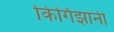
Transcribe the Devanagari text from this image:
किर्गिझांनी